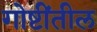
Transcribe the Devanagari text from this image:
गोष्टींतील